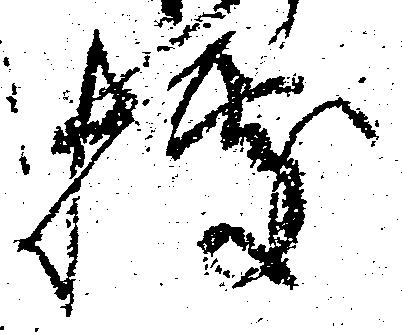
拠